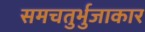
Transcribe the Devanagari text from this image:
समचतुर्भुजाकार